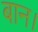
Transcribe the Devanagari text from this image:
बान।